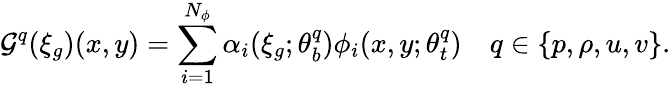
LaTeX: \mathcal{G}^{q}(\xi_{g})(x,y)=\sum_{i=1}^{N_{\phi}}\alpha_{i}(\xi_{g};\theta_{b}^{q})\phi_{i}(x,y;\theta_{t}^{q})\quad q\in\{ p,\rho,u,v\} .